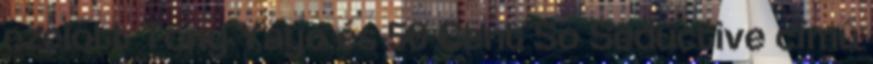
ezelőtt Tony Yayo és 50 Cent So Seductive című